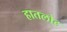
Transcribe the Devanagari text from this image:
हातलोट